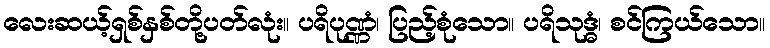
လေးဆယ့်ရှစ်နှစ်တို့ပတ်လုံး။ ပရိပုဏ္ဏံ၊ ပြည့်စုံသော။ ပရိသုဒ္ဓံ၊ စင်ကြယ်သော။